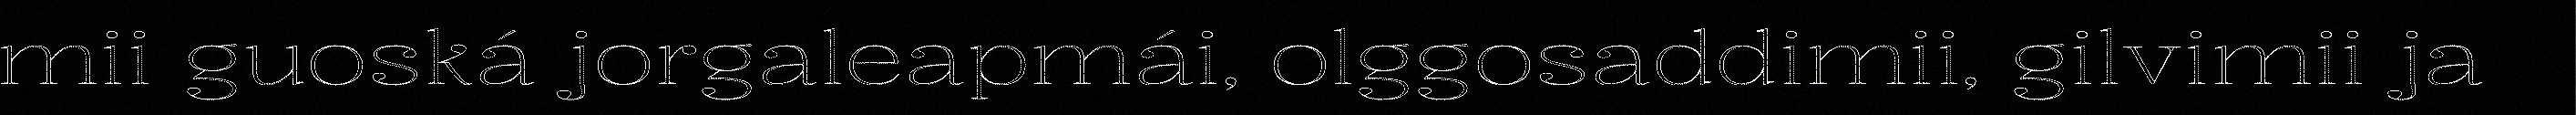
mii guoská jorgaleapmái, olggosaddimii, gilvimii ja